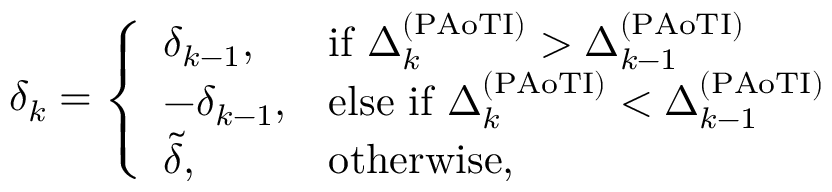
\begin{array} { r } { \delta _ { k } = \left\{ \begin{array} { l l } { \delta _ { k - 1 } , } & { \mathrm { i f ~ } \Delta _ { k } ^ { ( \mathrm { P A o T I } ) } > \Delta _ { k - 1 } ^ { ( \mathrm { P A o T I } ) } } \\ { - \delta _ { k - 1 } , } & { \mathrm { e l s e ~ i f ~ } \Delta _ { k } ^ { ( \mathrm { P A o T I } ) } < \Delta _ { k - 1 } ^ { ( \mathrm { P A o T I } ) } } \\ { \tilde { \delta } , } & { \mathrm { o t h e r w i s e } , } \end{array} \right. } \end{array}